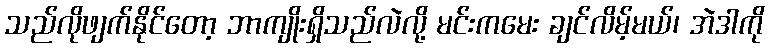
သည်လိုဖျက်နိုင်တော့ ဘာကျိုးရှိသည်လဲလို့ မင်းကမေး ချင်လိမ့်မယ်၊ အဲဒါကို